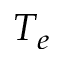
T _ { e }